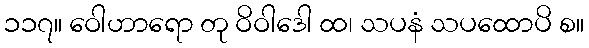
၁၁၇။ ဝေါဟာရော တု ဝိဝါဒေါ ထ၊ သပနံ သပထောပိ စ။